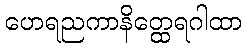
ဟေရညကာနိတ္ထေရဂါထာ